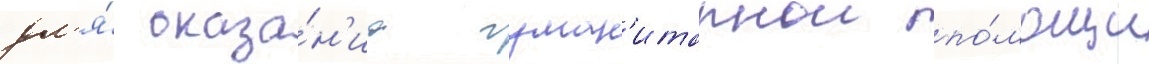
дл'я́ оказа́н'иа гуман'итарнои по́мощи